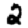
Digit: 2